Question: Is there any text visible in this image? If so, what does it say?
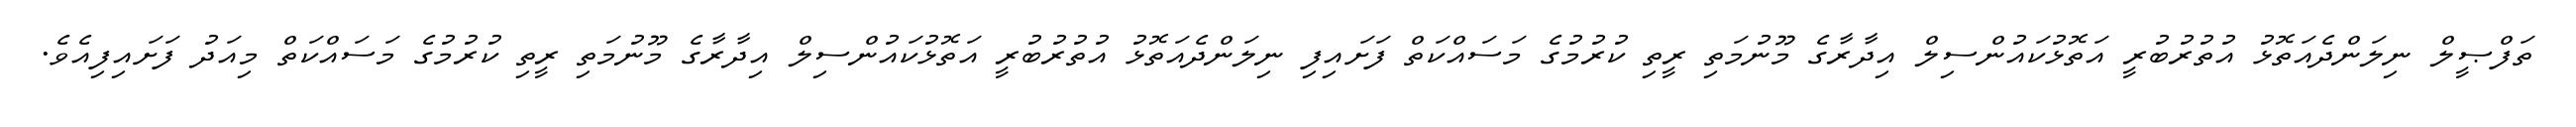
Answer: ތަފްޞީލް ނިލަންދެއަތޮޅު އުތުރުބުރީ އަތޮޅުކައުންސިލް އިދާރާގެ މޫނުމަތި ރީތި ކުރުމުގެ މަސައްކަތް ފަށައިފި ނިލަންދެއަތޮޅު އުތުރުބުރީ އަތޮޅުކައުންސިލް އިދާރާގެ މޫނުމަތި ރީތި ކުރުމުގެ މަސައްކަތް މިއަދު ފަށައިފިއެވެ.